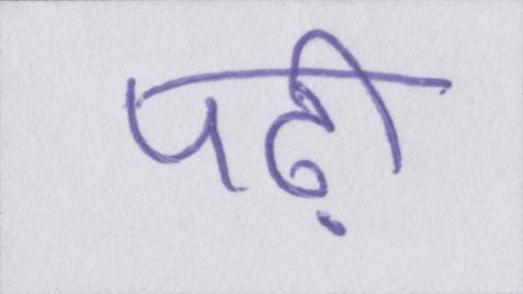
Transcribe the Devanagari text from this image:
पढ़ी